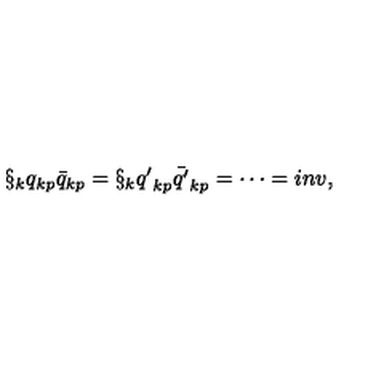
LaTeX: \S _ { k } { q } _ { k p } { \bar { q } } _ { k p } = \S _ { k } { q ^ { \prime } } _ { k p } { \bar { q ^ { \prime } } } _ { k p } = \cdots = i n v ,